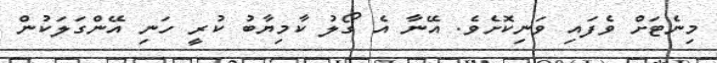
މިނެޓަށް ވެފައި ވަނިކޮށެވެ. އޭނާ އެ ގޯލު ކާމިޔާބު ކުރީ ހަނި އޭންގަލަކުން